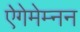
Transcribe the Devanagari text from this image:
ऐगेमेम्नन